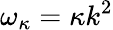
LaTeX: \omega_{\kappa}=\kappa k^{2}